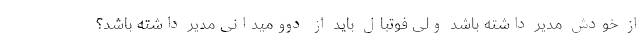
از خودش مدیر داشته باشد ولی فوتبال باید از دوومیدانی مدیر داشته باشد؟